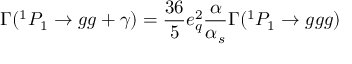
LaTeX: \Gamma ( ^ { 1 } P _ { 1 } \to g g + \gamma ) = { \frac { 3 6 } { 5 } } e _ { q } ^ { 2 } { \frac { \alpha } { \alpha _ { s } } } \Gamma ( ^ { 1 } P _ { 1 } \to g g g )